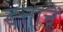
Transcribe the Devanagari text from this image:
दत्ताचें